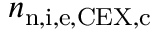
n _ { \mathrm { n , i , e , C E X , c } }